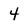
Character: 4